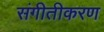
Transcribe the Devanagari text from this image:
संगीतीकरण